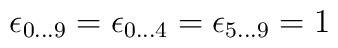
\epsilon _{0\ldots 9}=\epsilon _{0\ldots 4}=\epsilon _{5\ldots 9}=1